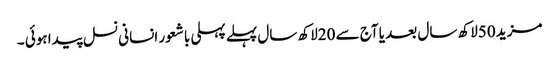
مزید 50لاکھ سال بعد یا آج سے 20لاکھ سال پہلے پہلی باشعور انسانی نسل پیدا ہوئی ۔